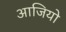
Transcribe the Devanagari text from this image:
आजियो